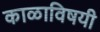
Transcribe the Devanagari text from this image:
काळाविषयी